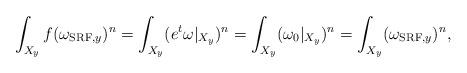
LaTeX: \begin{align*}\int_{X_y}f(\omega_{{\rm SRF},y})^n=\int_{X_y} (e^t\omega|_{X_y})^n=\int_{X_y}(\omega_0|_{X_y})^n=\int_{X_y}(\omega_{{\rm SRF},y})^n,\end{align*}